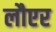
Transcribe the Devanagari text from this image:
लौएर